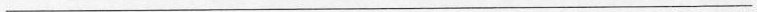
___